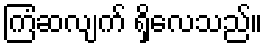
ကြံဆလျက် ရှိလေသည်။